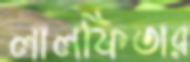
লালফিতার